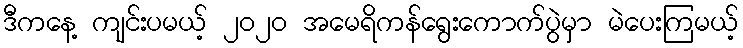
ဒီကနေ့ ကျင်းပမယ့် ၂၀၂၀ အမေရိကန်ရွေးကောက်ပွဲမှာ မဲပေးကြမယ့်